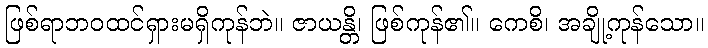
ဖြစ်ရာဘဝထင်ရှားမရှိကုန်ဘဲ။ ဇာယန္တိ၊ ဖြစ်ကုန်၏။ ကေစိ၊ အချို့ကုန်သော။